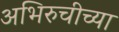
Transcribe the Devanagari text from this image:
अभिरुचीच्या